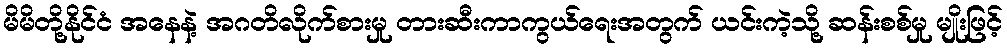
မိမိတို့နိုင်ငံ အနေနဲ့ အဂတိလိုက်စားမှု တားဆီးကာကွယ်ရေးအတွက် ယင်းကဲ့သို့ ဆန်းစစ်မှု မျိုးဖြင့်